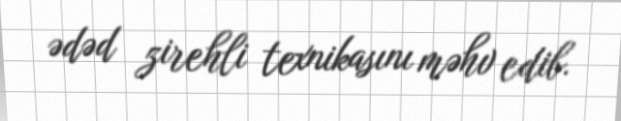
ədəd zirehli texnikasını məhv edib.